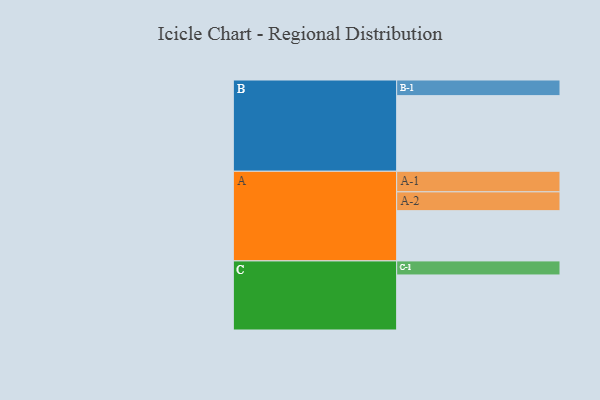
{"axis": {"x": "Segment", "y": "Value"}, "legend": ["", "A", "B", "C"], "data": [{"x": "A", "y": 315, "type": ""}, {"x": "B", "y": 474, "type": ""}, {"x": "C", "y": 345, "type": ""}, {"x": "A-1", "y": 129, "type": "A"}, {"x": "A-2", "y": 118, "type": "A"}, {"x": "B-1", "y": 98, "type": "B"}, {"x": "C-1", "y": 88, "type": "C"}]}